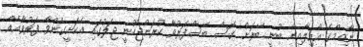
ނާޒިމްގެ އާއިލާއިން ބުނީ ބޭރަށް ގޮސް ބޭސްފަރުވާ ކުރަންޖެހުނީ ޖަލުގައި އެކަށީގެންވާ ފަރުވާއެއް